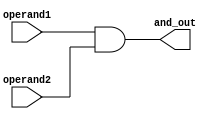
`timescale 1ns / 1ps
//////////////////////////////////////////////////////////////////////////////////
// Company: 
// Engineer: 
// 
// Design Name: 
// Module Name:    Logic_AND 
// Project Name: 
// Target Devices: 
// Tool versions: 
// Description: 
//
// Dependencies: 
//
// Revision: 
// Revision 0.01 - File Created
// Additional Comments: 
//
//////////////////////////////////////////////////////////////////////////////////
module Logic_AND(
    input [31:0] operand1,
    input [31:0] operand2,
    output [31:0] and_out
    );

assign and_out=operand1&operand2;
endmodule